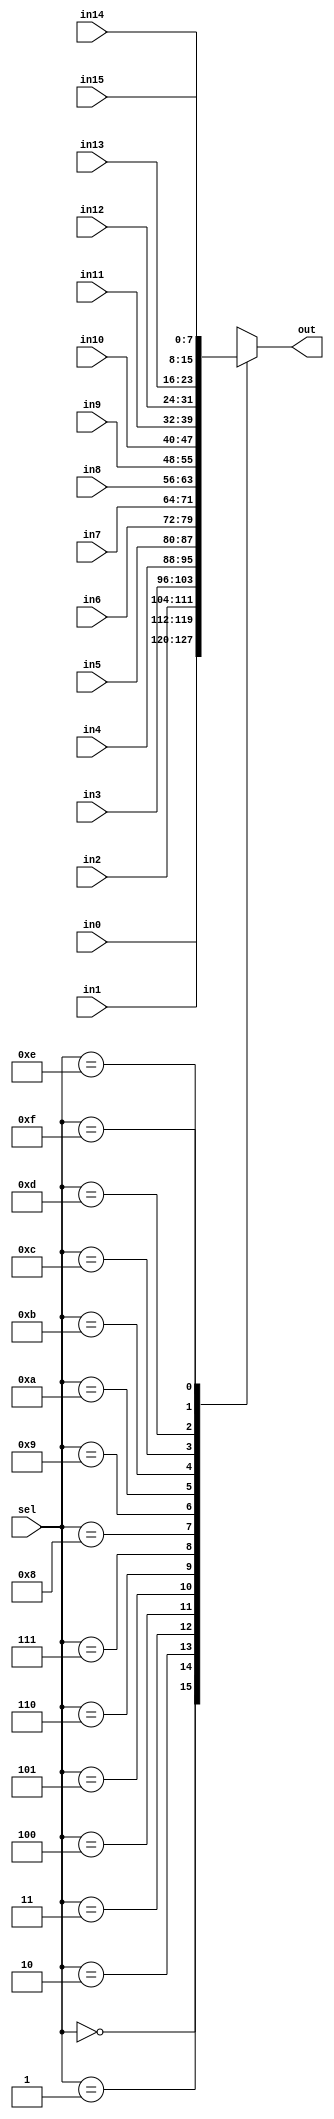
module mux_16x1 #(parameter WIDTH = 8)

                (input wire [WIDTH-1:0] in0     ,
                 input wire [WIDTH-1:0] in1     ,
                 input wire [WIDTH-1:0] in2     ,
                 input wire [WIDTH-1:0] in3     ,
                 input wire [WIDTH-1:0] in4     ,
                 input wire [WIDTH-1:0] in5     ,
                 input wire [WIDTH-1:0] in6     ,
                 input wire [WIDTH-1:0] in7     ,
                 input wire [WIDTH-1:0] in8     ,
                 input wire [WIDTH-1:0] in9     ,
                 input wire [WIDTH-1:0] in10    ,
                 input wire [WIDTH-1:0] in11    ,
                 input wire [WIDTH-1:0] in12    ,
                 input wire [WIDTH-1:0] in13    ,
                 input wire [WIDTH-1:0] in14    ,
                 input wire [WIDTH-1:0] in15    ,
                 input wire [3:0]       sel     ,
                 output reg [WIDTH-1:0] out     );

always @(*) begin
    case (sel)
        4'd0 :      out = in0   ; 
        4'd1 :      out = in1   ; 
        4'd2 :      out = in2   ; 
        4'd3 :      out = in3   ; 
        4'd4 :      out = in4   ; 
        4'd5 :      out = in5   ; 
        4'd6 :      out = in6   ; 
        4'd7 :      out = in7   ; 
        4'd8 :      out = in8   ; 
        4'd9 :      out = in9   ; 
        4'd10 :     out = in10  ; 
        4'd11 :     out = in11  ; 
        4'd12 :     out = in12  ; 
        4'd13 :     out = in13  ; 
        4'd14 :     out = in14  ; 
        4'd15 :     out = in15  ; 
    endcase
end    
endmodule